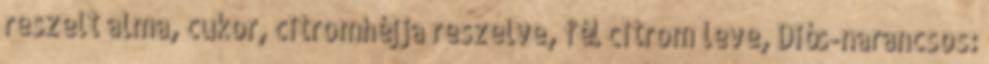
reszelt alma, cukor, citromhéjja reszelve, fél citrom leve, Diós-narancsos: